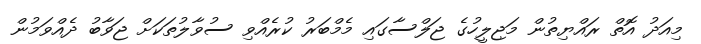
މިއަދު އޮތް ރައްޔިތުން މަޖިލީހުގެ ޖަލްސާގައި މެމްބަރު ކުރެއްވި ސުވާލުތަކަށް ޖަވާބު ދެއްވަމުން